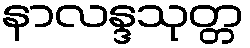
နာလန္ဒသုတ္တ